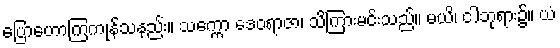
ပြောဟောကြကုန်သနည်း။ သက္ကော ဒေဝရာဇာ၊ သိကြားမင်းသည်။ မယိ၊ ငါဘုရား၌။ ယံ